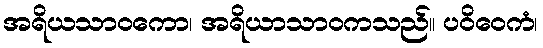
အရိယသာဝကော၊ အရိယာသာဝကသည်။ ပဝိဝေကံ၊